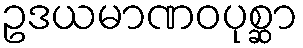
ဥဒယမာဏဝပုစ္ဆာ